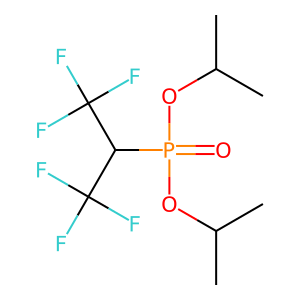
SMILES: CC(C)OP(=O)(OC(C)C)C(C(F)(F)F)C(F)(F)F
Inhibits HIV replication: No